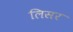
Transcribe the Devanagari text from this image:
लिसर